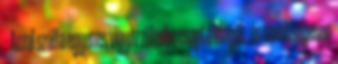
– Azzal szálfa egyenes vigyázzülésbe csapta magát, és nevetségesen